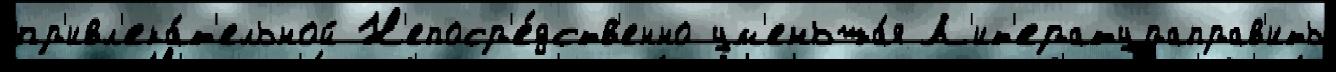
пр'ивл'ека́т'ельной Н'епоср'е́дств'енно ум'еньша́я Л'ит'ератураправ'ить